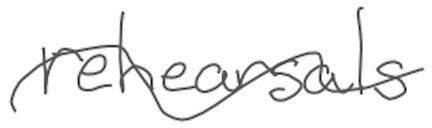
Text: rehearsals
Cross-out: wave
Writing tool: digital_gray